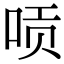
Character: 唝